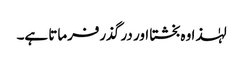
لہٰذا وہ بخشتا اور در گذرفرماتا ہے۔